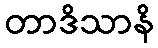
တာဒိသာနိ